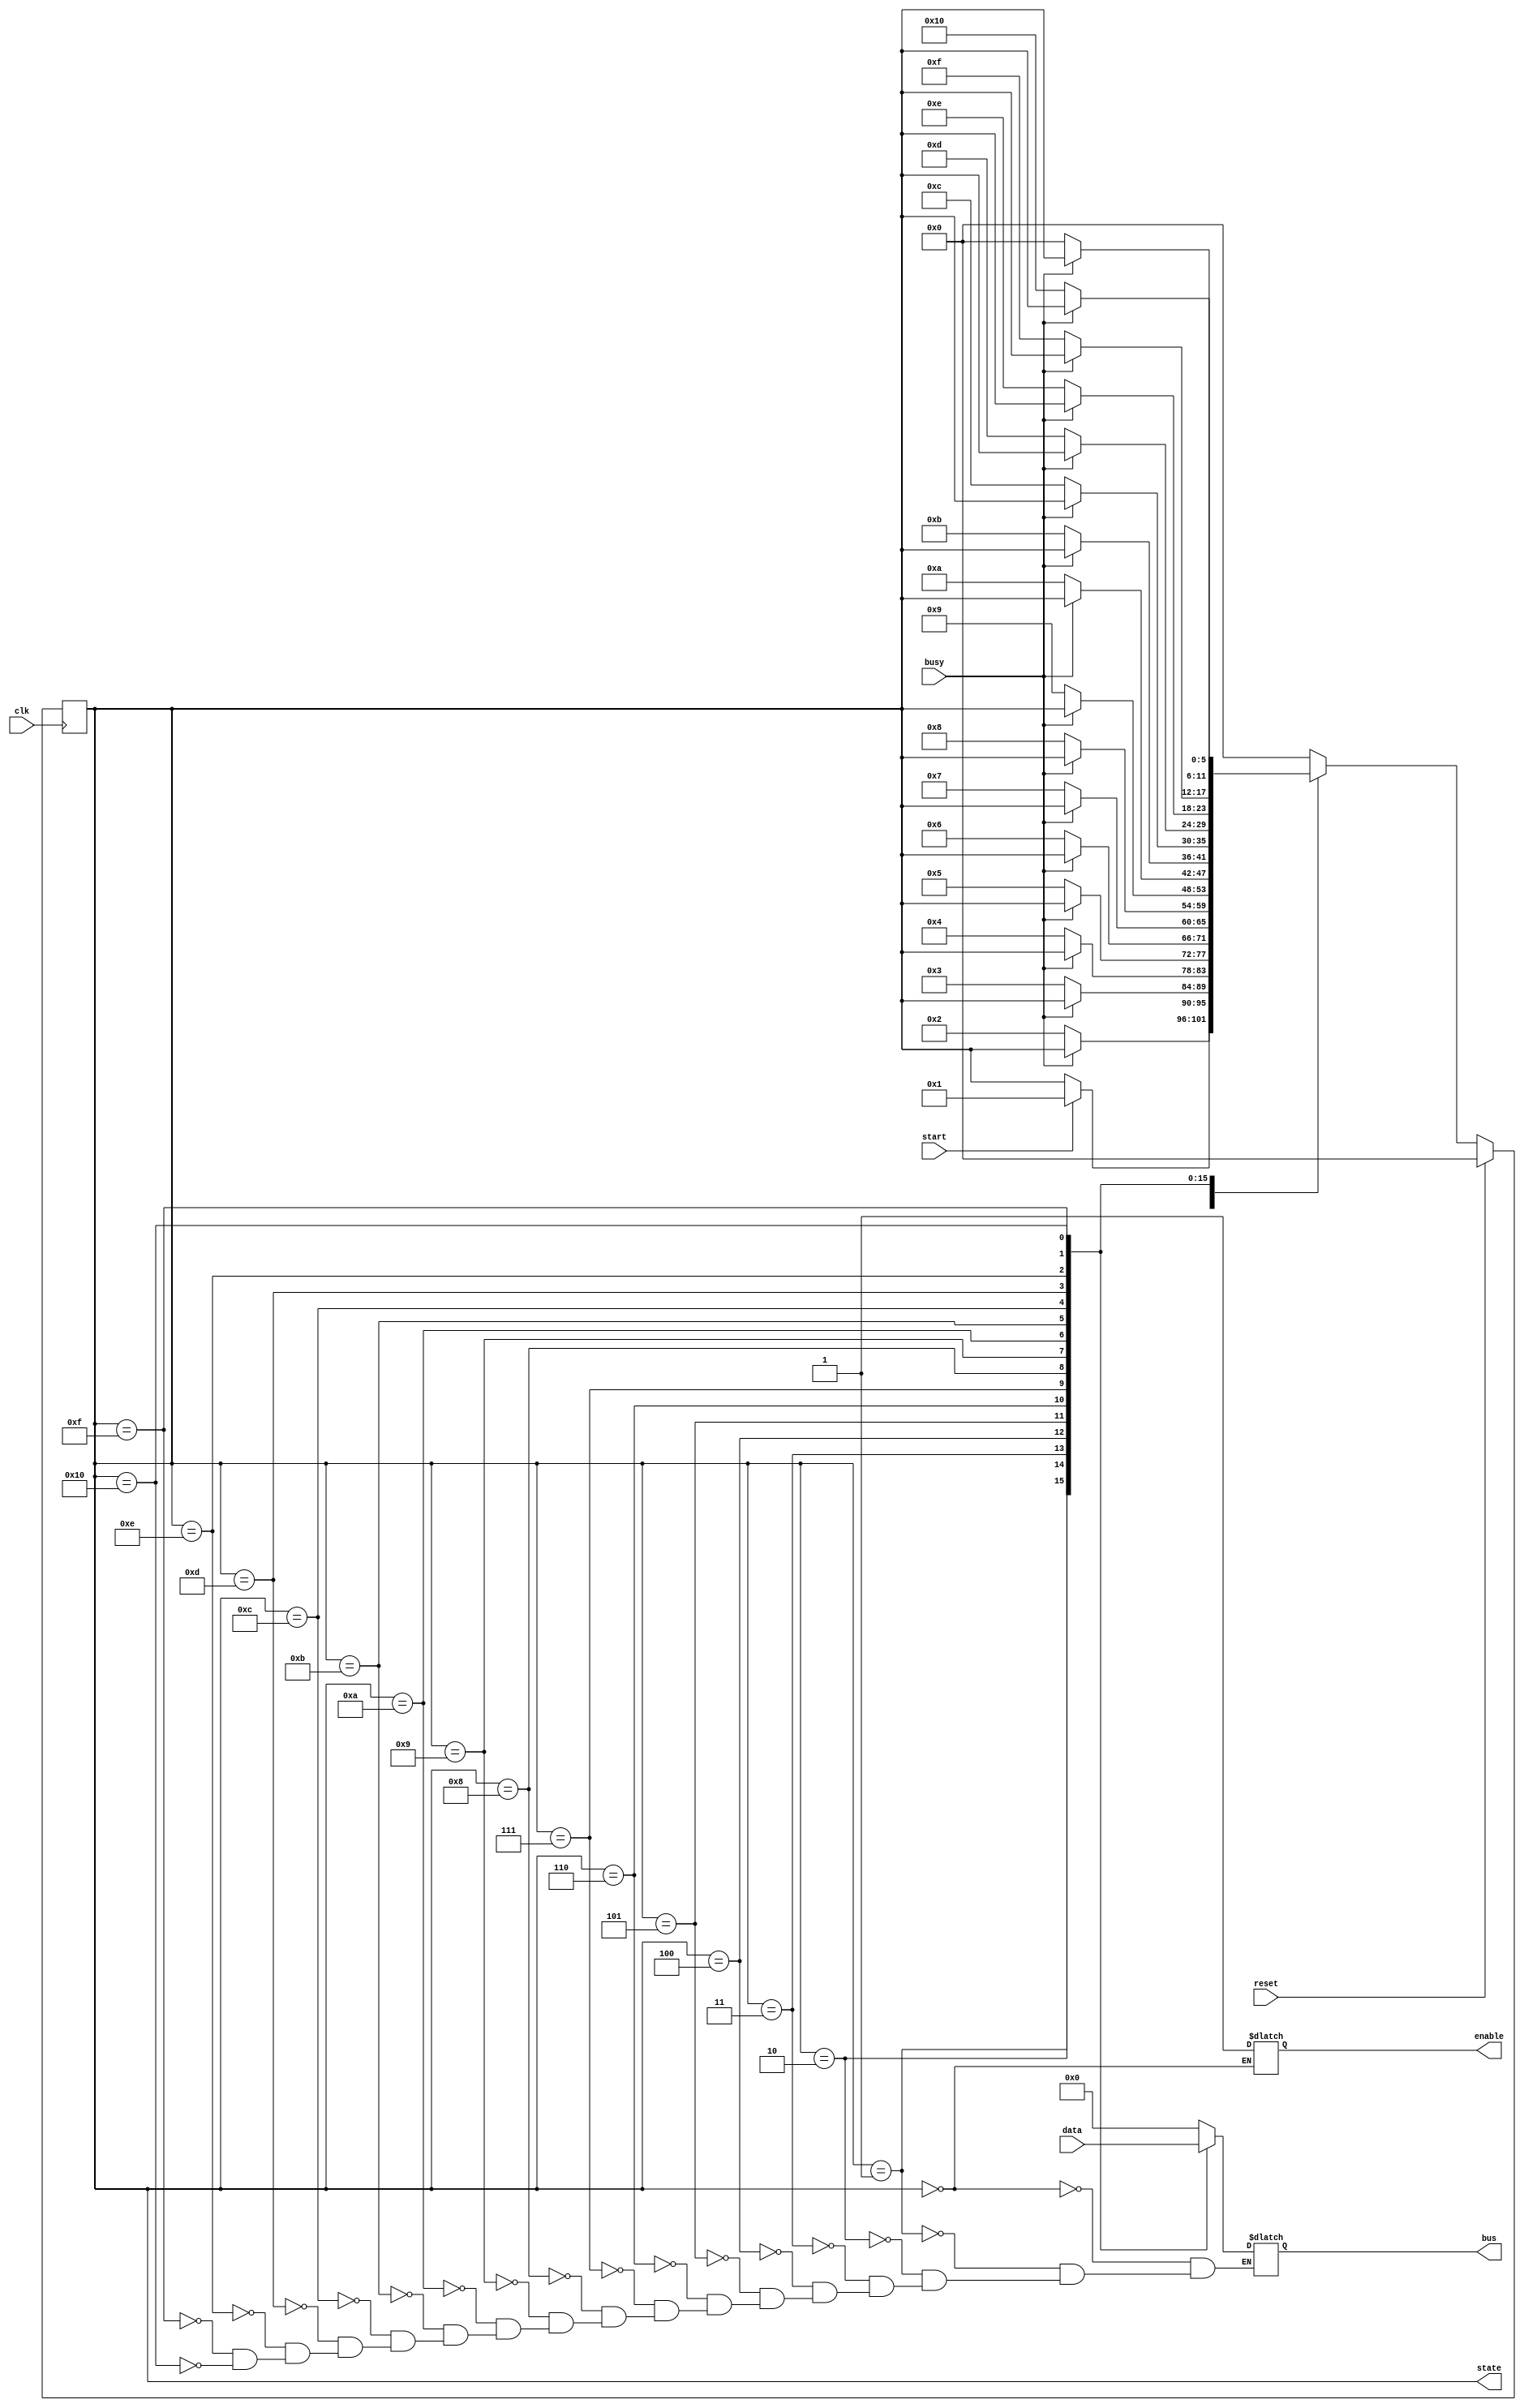
// Daniel Gutirrez
// audobra@gmail.com
// Nov 20, 2021

//Finite state machine to feed the TX module. It is used to divide the 
//message into 8-bit fragments (which precisely match the ASCII 
//characters of the message).

`timescale 1ns/1ns

module fsm
#(parameter N = 8,
  parameter M = 128)		//Size of message to send.
(input busy,				//Signal from TX module.
 input clk,
 input start,				//Signal to start fsm.
 input reset,
 input  [M-1:0] data,
 output reg enable,			//Signal to TX module
 output [5:0] state,		//Signal for testbench control.
 output reg [N-1:0] bus);

localparam  IDLE   = 2'd0,
			BYTE_1 = 4'd1,
			BYTE_2 = 4'd2,
			BYTE_3 = 4'd3,
			BYTE_4 = 4'd4,
			BYTE_5 = 4'd5,
			BYTE_6 = 4'd6,
			BYTE_7 = 4'd7,
			BYTE_8 = 4'd8,
			BYTE_9 = 4'd9,
			BYTE_10 = 4'd10,
			BYTE_11 = 4'd11,
			BYTE_12 = 4'd12,
			BYTE_13 = 4'd13,
			BYTE_14 = 4'd14,
			BYTE_15 = 4'd15,
			BYTE_16 = 5'd16,
			STOP   = 5'd17;

reg [5:0] current_state;
reg [5:0] next_state;

assign state = current_state;

//Outputs of every state.
always @(*) begin
	case (current_state)
		IDLE : begin 
					enable = 1'b1;
					bus = {N{1'b0}};
			   end
		BYTE_1 : bus = data[127:120];
		BYTE_2:  bus = data[119:112];
		BYTE_3:  bus = data[111:104];
		BYTE_4:  bus = data[103:96];
		BYTE_5:  bus = data[95:88];
		BYTE_6:  bus = data[87:80];
		BYTE_7:  bus = data[79:72];
		BYTE_8:  bus = data[71:64];
		BYTE_9:  bus = data[63:56];
		BYTE_10: bus = data[55:48];
		BYTE_11: bus = data[47:40];
		BYTE_12: bus = data[39:32];
		BYTE_13: bus = data[31:24];
		BYTE_14: bus = data[23:16];
		BYTE_15: bus = data[15:8];
		BYTE_16: bus = data[7:0];
			
	endcase
end

//Synchronous state transition.
always @(posedge clk)
	if (reset) current_state <= IDLE;
	else 	 	 current_state <= next_state;

//Conditional state transitions.	
always @(*) begin
	next_state = current_state;
	  case (current_state)
		IDLE   : if  ( start )   next_state = BYTE_1;
		BYTE_1 : if  ( !busy )   next_state = BYTE_2;
		BYTE_2 : if  ( !busy )   next_state = BYTE_3;
		BYTE_3 : if  ( !busy )   next_state = BYTE_4;
		BYTE_4 : if  ( !busy )   next_state = BYTE_5;
		BYTE_5 : if  ( !busy )   next_state = BYTE_6;
		BYTE_6 : if  ( !busy )   next_state = BYTE_7;
		BYTE_7 : if  ( !busy )   next_state = BYTE_8;
		BYTE_8 : if  ( !busy )   next_state = BYTE_9;
		BYTE_9 : if  ( !busy )   next_state = BYTE_10;
		BYTE_10 : if ( !busy )   next_state = BYTE_11;
		BYTE_11 : if ( !busy )   next_state = BYTE_12;
		BYTE_12 : if ( !busy )   next_state = BYTE_13;
		BYTE_13 : if ( !busy )   next_state = BYTE_14;
		BYTE_14 : if ( !busy )   next_state = BYTE_15;
		BYTE_15 : if ( !busy )   next_state = BYTE_16;
		BYTE_16 : if ( !busy ) 	 next_state = IDLE;
		default : 				 next_state = IDLE;
	  endcase
	end
endmodule